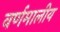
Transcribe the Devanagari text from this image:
वर्णमालीय